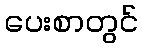
ပေးစာတွင်